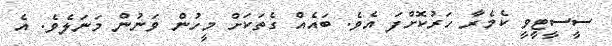
ސީސީޓީވީ ކެމެރާ ހަރުކޮށްފަ އެވެ. ބައެއް ގެތަކަށް މީހުން ވަނުން މަނަލެވެ. އެ